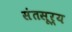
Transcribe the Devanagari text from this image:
संतसूर्य